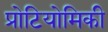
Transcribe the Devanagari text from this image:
प्रोटियोमिकी